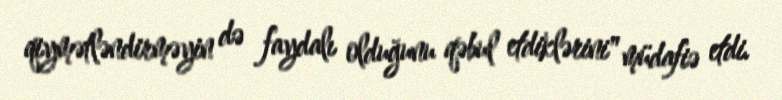
qiymətləndirməyin də faydalı olduğunu qəbul etdiklərini" müdafiə etdi.